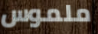
ملموس